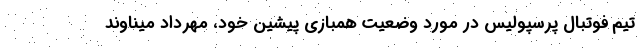
تیم فوتبال پرسپولیس در مورد وضعیت همبازی پیشین خود، مهرداد میناوند